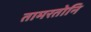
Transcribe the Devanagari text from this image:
तामरतोनि